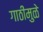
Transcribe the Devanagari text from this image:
गाठींमुळे